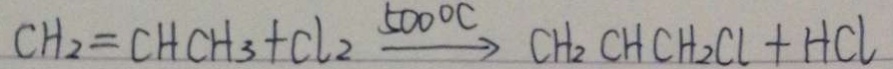
C H _ { 2 } = C H C H _ { 3 } + C l _ { 2 } \xrightarrow { 5 0 0 ^ { \circ } C } C H _ { 2 } C H C H _ { 2 } C l + H C l